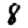
Digit: 8